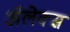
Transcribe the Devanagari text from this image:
अॅलेक्स